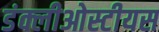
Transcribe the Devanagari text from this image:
डंक्लीओस्टीयस